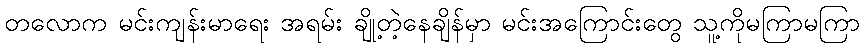
တလောက မင်းကျန်းမာရေး အရမ်း ချို့တဲ့နေချိန်မှာ မင်းအကြောင်းတွေ သူ့ကိုမကြာမကြာ